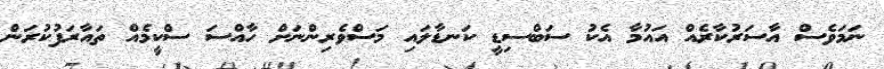
ނަމަވެސް އާސަރުކާރެއް އައުމާ އެކު ސަބްސިޑީ ކަނޑާލައި މަސްވެރިންނަށް ހާއްސަ ސްކީމެއް ތައާރަފުކުރަން